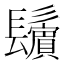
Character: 𩯫